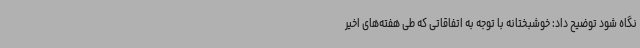
نگاه شود توضیح داد: خوشبختانه با توجه به اتفاقاتی که طی هفته‌های اخیر